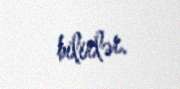
bilirlər.